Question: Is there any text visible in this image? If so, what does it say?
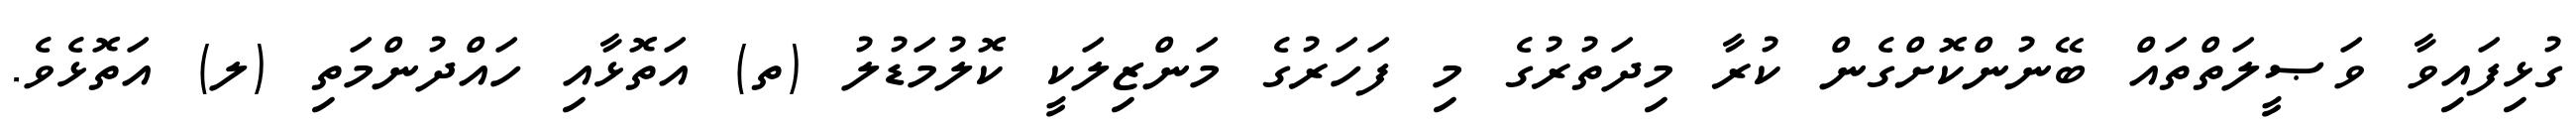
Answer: ގުޅިފައިވާ ވަޞީލަތްތައް ބޭނުންކޮށްގެން ކުރާ މިދަތުރުގެ މި ފަހަރުގެ މަންޒިލަކީ ކޮލުމަޑުލު (ތ) އަތޮޅާއި ހައްދުންމަތި (ލ) އަތޮޅެވެ.